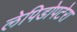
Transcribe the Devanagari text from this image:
लेपिडोपटेरा